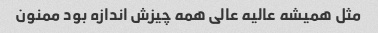
مثل همیشه عالیه عالی همه چیزش اندازه بود ممنون